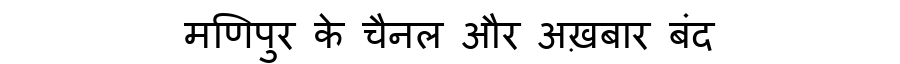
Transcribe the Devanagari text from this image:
मणिपुर के चैनल और अख़बार बंद